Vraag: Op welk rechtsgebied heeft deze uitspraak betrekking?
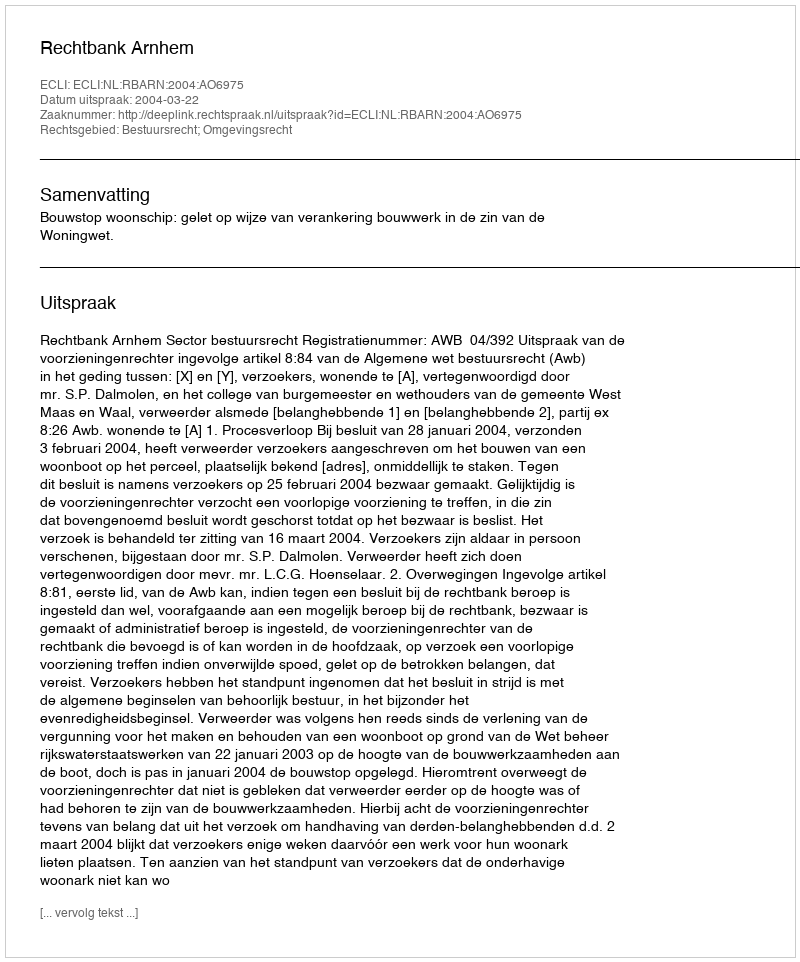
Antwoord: Bestuursrecht; Omgevingsrecht